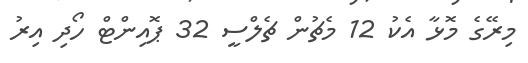
މިރޭގެ މޮޅާ އެކު 12 މެޗުން ޗެލްސީ 32 ޕޮއިންޓް ހޯދި އިރު